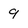
Character: 9